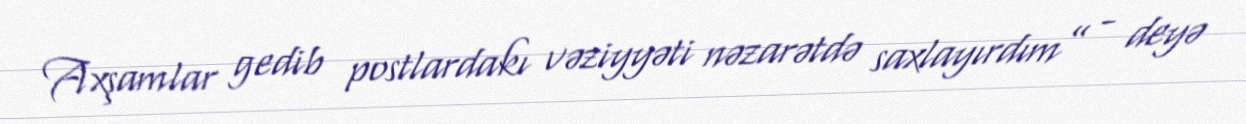
Axşamlar gedib postlardakı vəziyyəti nəzarətdə saxlayırdım” - deyə